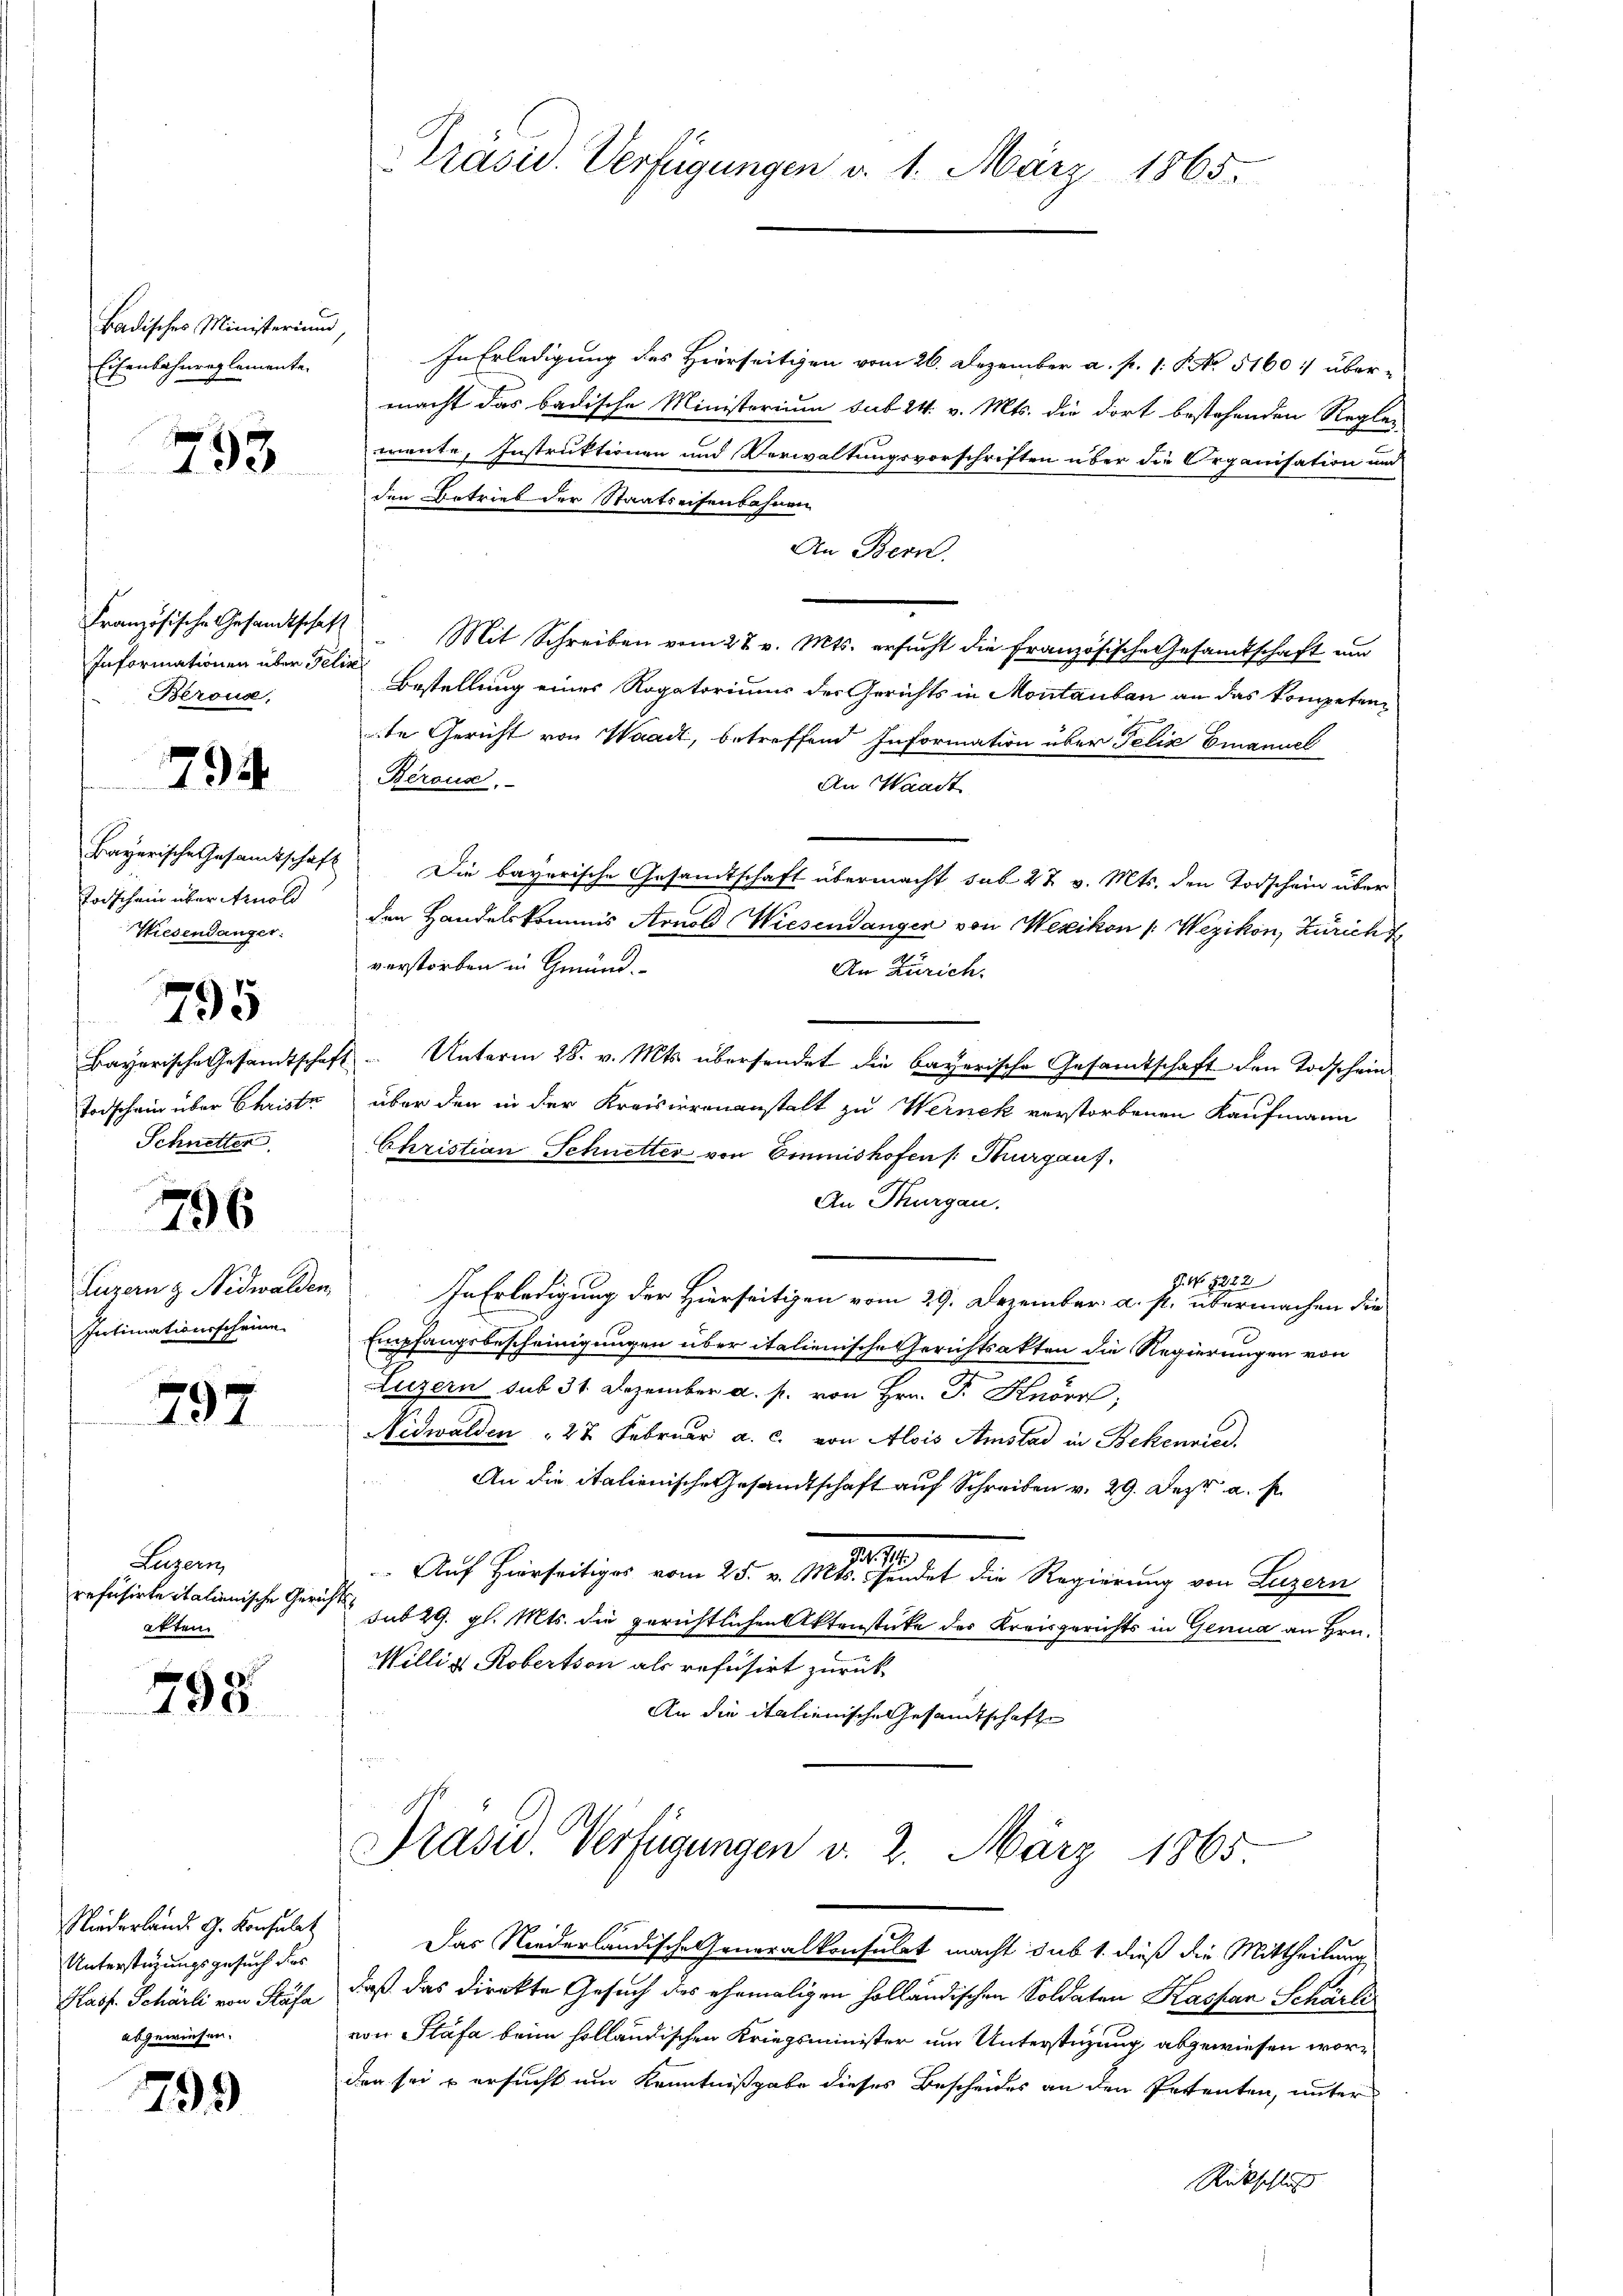
Badisches Ministerium,
Eisenbahnreglemente.

793

Französische Gesandtschaft
Informationen über Felix
Berouse,

74

Toischein über Arnold
Wiesendanger.

795

Bayerische Gesandtschaft
Todschein über Christr
Schnetter

796

Luzern z. Nidwalden,
Intimationsscheine

797

Luzern,
refüsirte italienische Gerichatten

798

Niederland. G. Konsulat
Unterstüzungsgesuch des
Pass. Schärli von Stäfa
abgewiesen.

799

Präsid. Verfügungen d. 1. März 1865.

In Erledigung des Hierseitigen vom 26. Dezember a. p. 1. P. No. 5160 :/ übermacht das badische Ministorium sub 24. v. Mts. die dort bestehenden Regler-
mente, Instruktionen und Verwaltungsvorschriften über die Organisation und
den Betrieb der Staatseisenbahnen
An Bern.
i
Mit Schreiben vom 27. v. Mts. ersucht die Französische Gesandtschaft und
Bestellung einer Rogatoriums der Gerichts in Montanbau an das kompetente Gericht von Waadt, betreffend Information über Felix Emanuel
Beraus.
An Waadt
Bayerische Gesamtschaft Die bayerische Gesandtschaft übermacht sub 27 v. Mts. den Todschein über
den Handelskommis Arnold Wiesendangen von Mexikon ( Wezikon, Züricht
verstorben in Gmund.
An Zürich.
1 Unterm 28. v. Mts. übersendet die bayerische Gesamtschaft den Todschein
über den in der Kreisierenanstalt zu Wernek verstorbenen Kaufmann
Christian Schnetter von Einmishofen /: Kurgaus,
.
An Thurgau.
. No. 1222
In Erledigung der Hierseitigen vom 29. Dezember a. s. übermachen die
Empfangsbescheinigungen über italienische Gerichtsakten die Regierungen von
Luzern sub 31. Dezember a. p. von Hrn. F. Kn
Nidwalden 27 Februar a. c. von Alois Amstad in Bekennia
An die italienische Gesandtschaft auf Schreiben v. 29. Dez. a.
M
Auf Hierseitiges vom 25. v. Mts. Fendet die Regierung von Luzern
sub 29. gl. Mts. die gerichtlichen Aktenstücke des Kreisgerichts in Genua an Hrn.
Willig Robertion als refusirt zurück¬
An die italienische Gesandtschafte

Präsid. Verfügungen v. 2. März 1865.
Das Niederländische Generalkonsulat macht sub 1. dieß die Mittheilung

daß das direkte Gesuch des ehemaligen holländischen Soldaten Kaspar Schärli
von Stäfa beim holländischen Kriegsminister um Unterstüzung abgewiesen worden sei u ersucht und Kenntnißgabe dieses Bescheides an den Petenten, unter
Rückschluß